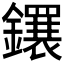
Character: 𬬕